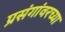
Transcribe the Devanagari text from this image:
प्रसंगांवरच्या